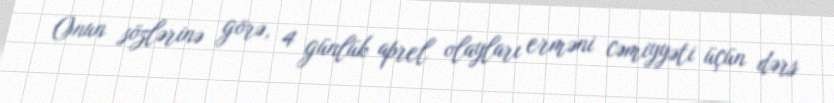
Onun sözlərinə görə, 4 günlük aprel olayları erməni cəmiyyəti üçün dərs